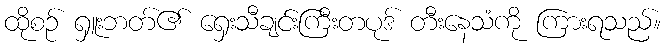
ထိုစဉ် ရှူးဘတ်၏ ရှေးသီချင်းကြီးတပုဒ် တီးနေသံကို ကြားရသည်။